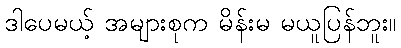
ဒါပေမယ့် အများစုက မိန်းမ မယူပြန်ဘူး။